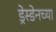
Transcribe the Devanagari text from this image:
ड्रेस्डेनच्या